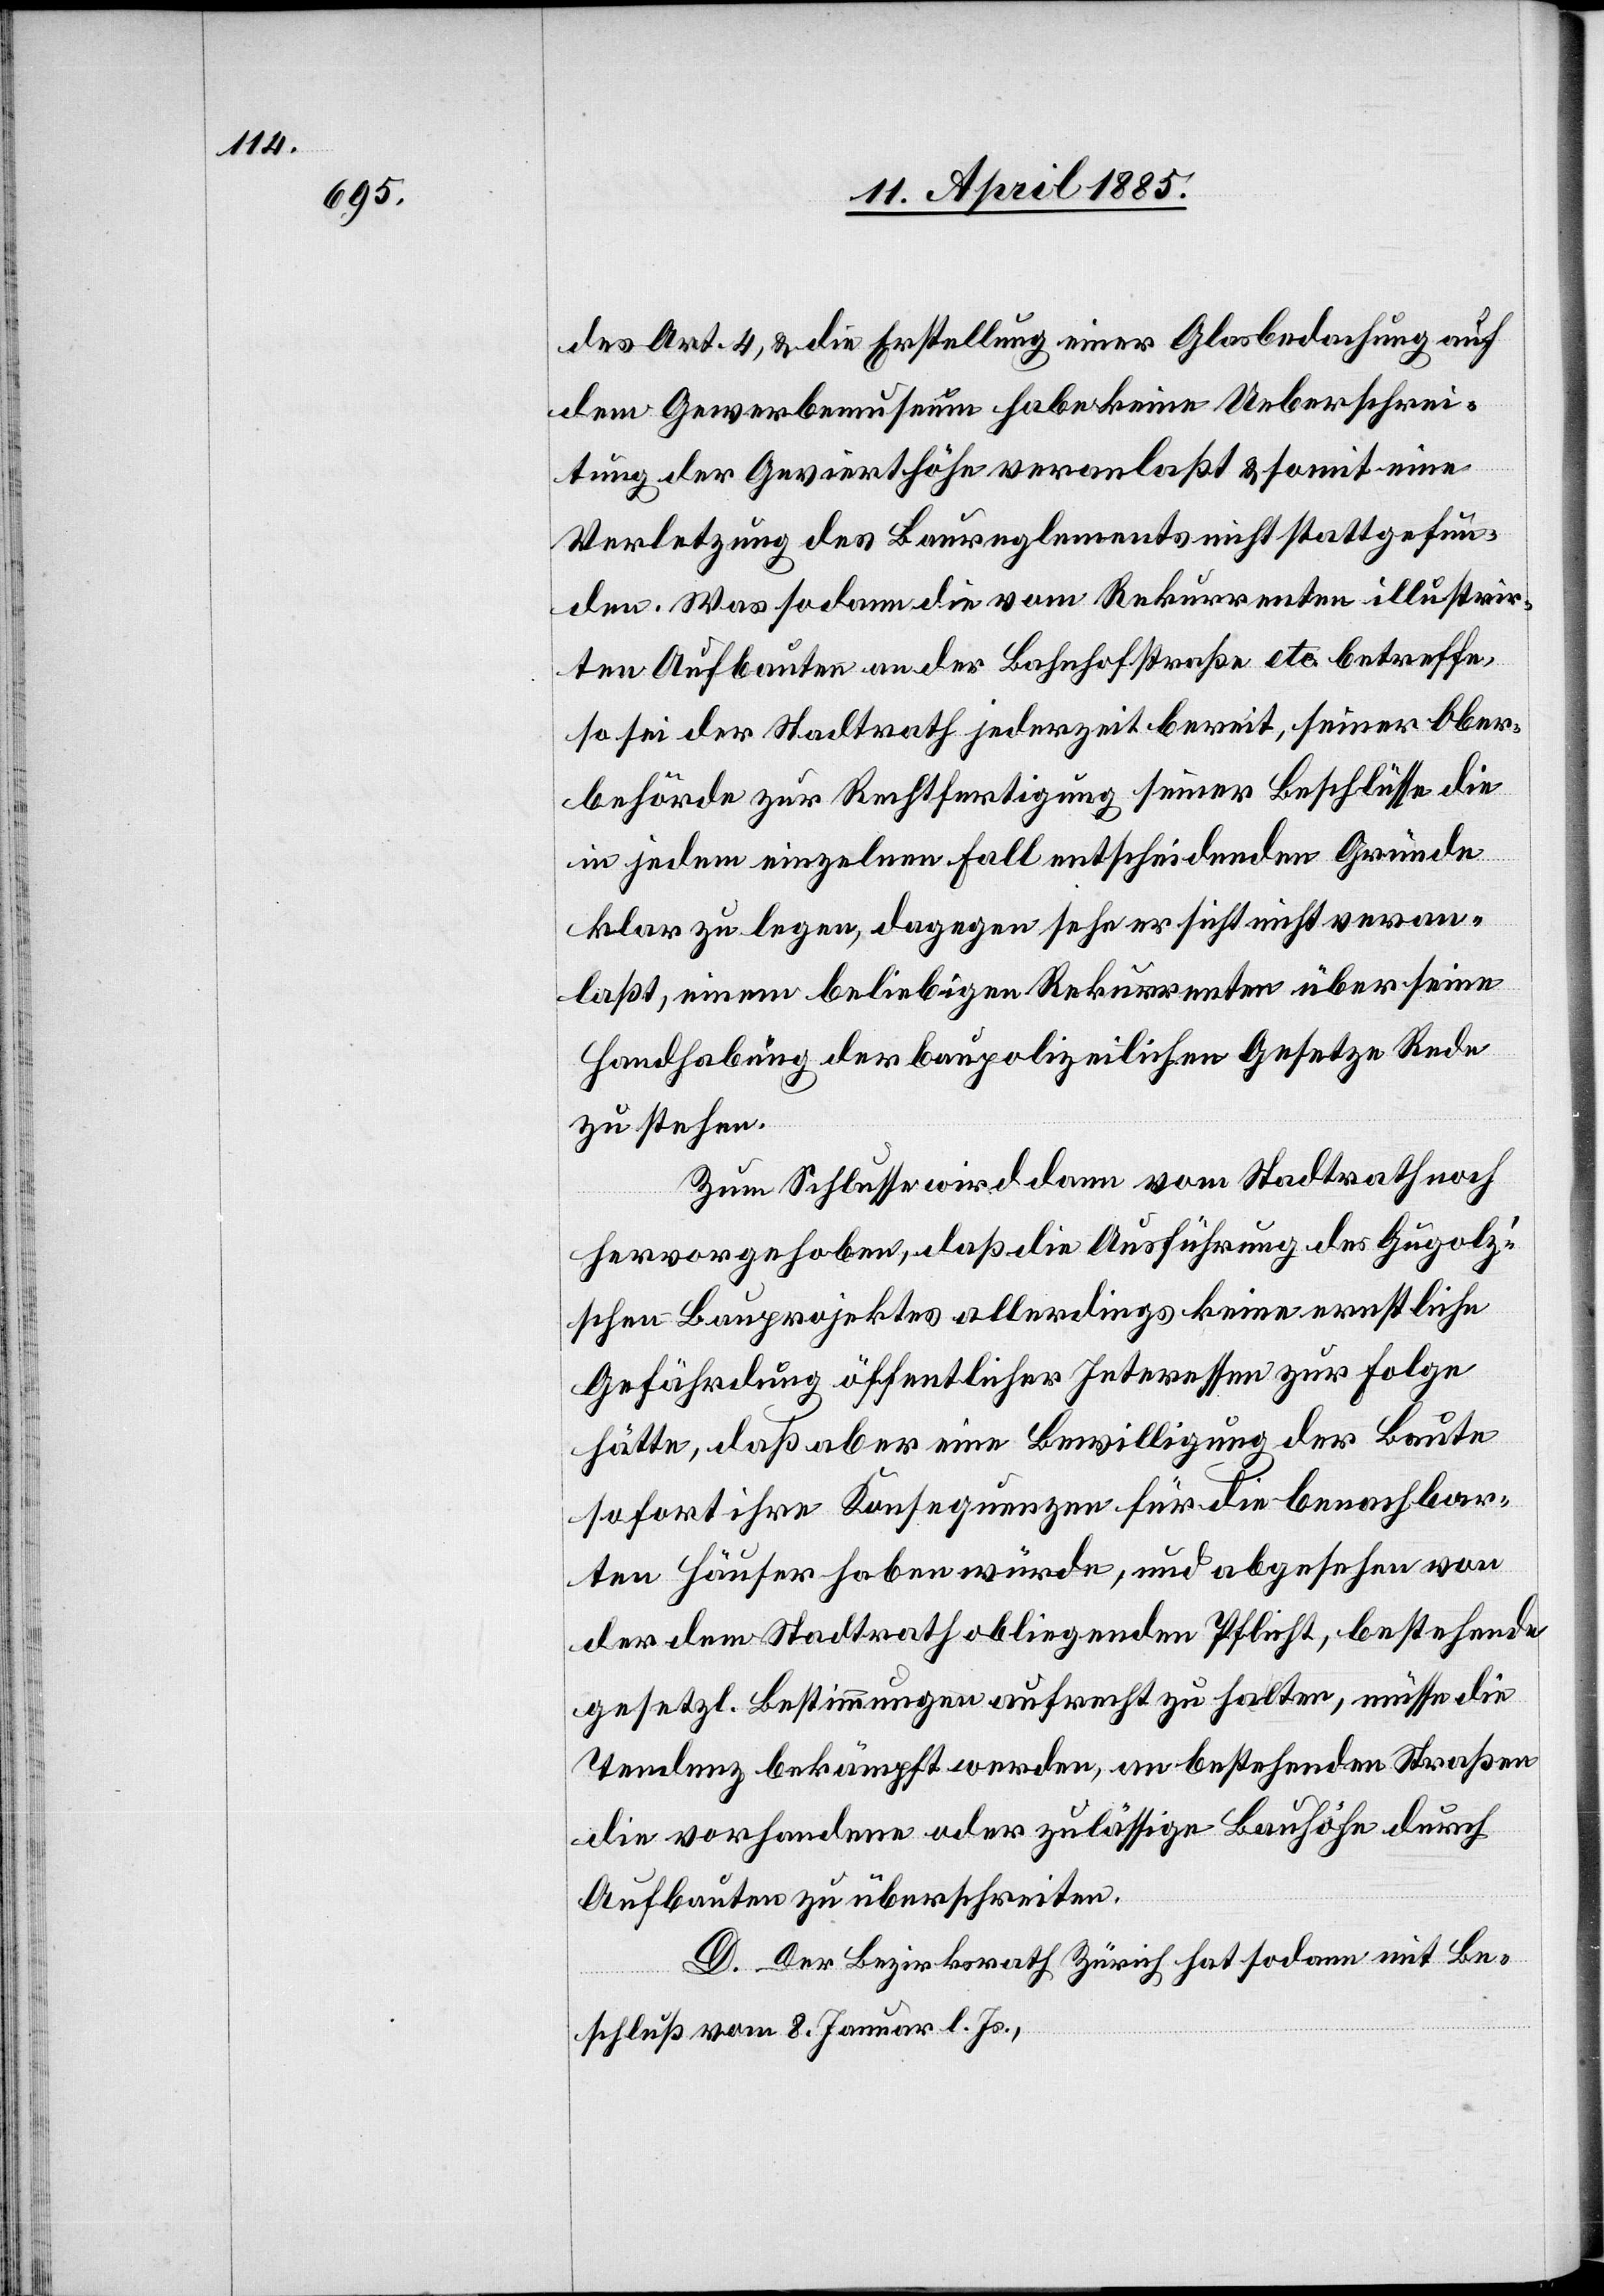
des Art. 4, & die Erstellung einer Glasbedachung auf
dem Gewerbemuseum habe keine Ueberschrei¬
tung der Gevierthöhe veranlaßt & somit eine
Verletzung des Baureglements nicht stattgefun¬
den. Was sodann die vom Rekurrenten illustrir¬
ten Aufbauten der Bahnhofstraße etc. betreffe,
so sei der Stadtrath jederzeit bereit, seiner Ober¬
behörde zur Rechtfertigung seiner Beschlüsse die
in jedem einzelnen Fall entscheidenden Gründe
klar zu legen, dagegen sehe er sicht [sic!] nicht veran¬
laßt, einem beliebigen Rekurrenten über seine
Handhabung der baupolizeilichen Gesetze Rede
zu stehen.
Zum Schlusse wird dann vom Stadtrathe noch
hervorgehoben, daß die Ausführung des Gugolz’s¬
chen Bauprojektes allerdings keine rechtliche
Gefährdung öffentlicher Interessen zur Folge
hätte, daß aber eine Bewilligung der Baute
sofort ihre Konsequenzen für die benachbar¬
ten Häuser haben würde, und abgesehen von
der dem Stadtrath obliegenden Pflicht, bestehende
gesetzl. Bestimmungen aufrecht zu halten, müsse die
Tendenz bekämpft werden, an bestehenden Straßen
die vorhandene oder zulässige Bauhöhe durch
Aufbauten zu überschreiten.
D. Der Bezirksrath Zürich hat sodann mit Be¬
schluß vom 8. Januar l. Js.,